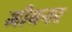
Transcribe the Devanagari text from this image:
जीबनर